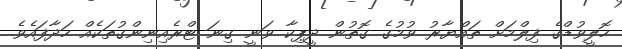
ހޮލީވުޑްގެ ފިލްމަށް ތައްޔާރު ވުމުގެ ގޮތުން ދީޕިކާ ވަނީ ގިނަ ޓްރެއިނިންގުތަކެއް ހަދާފައެވެ.